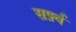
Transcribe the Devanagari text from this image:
सर्फ़्व